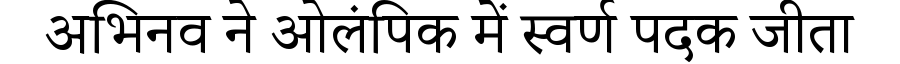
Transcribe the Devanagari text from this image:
अभिनव ने ओलंपिक में स्वर्ण पदक जीता